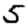
Digit: 5